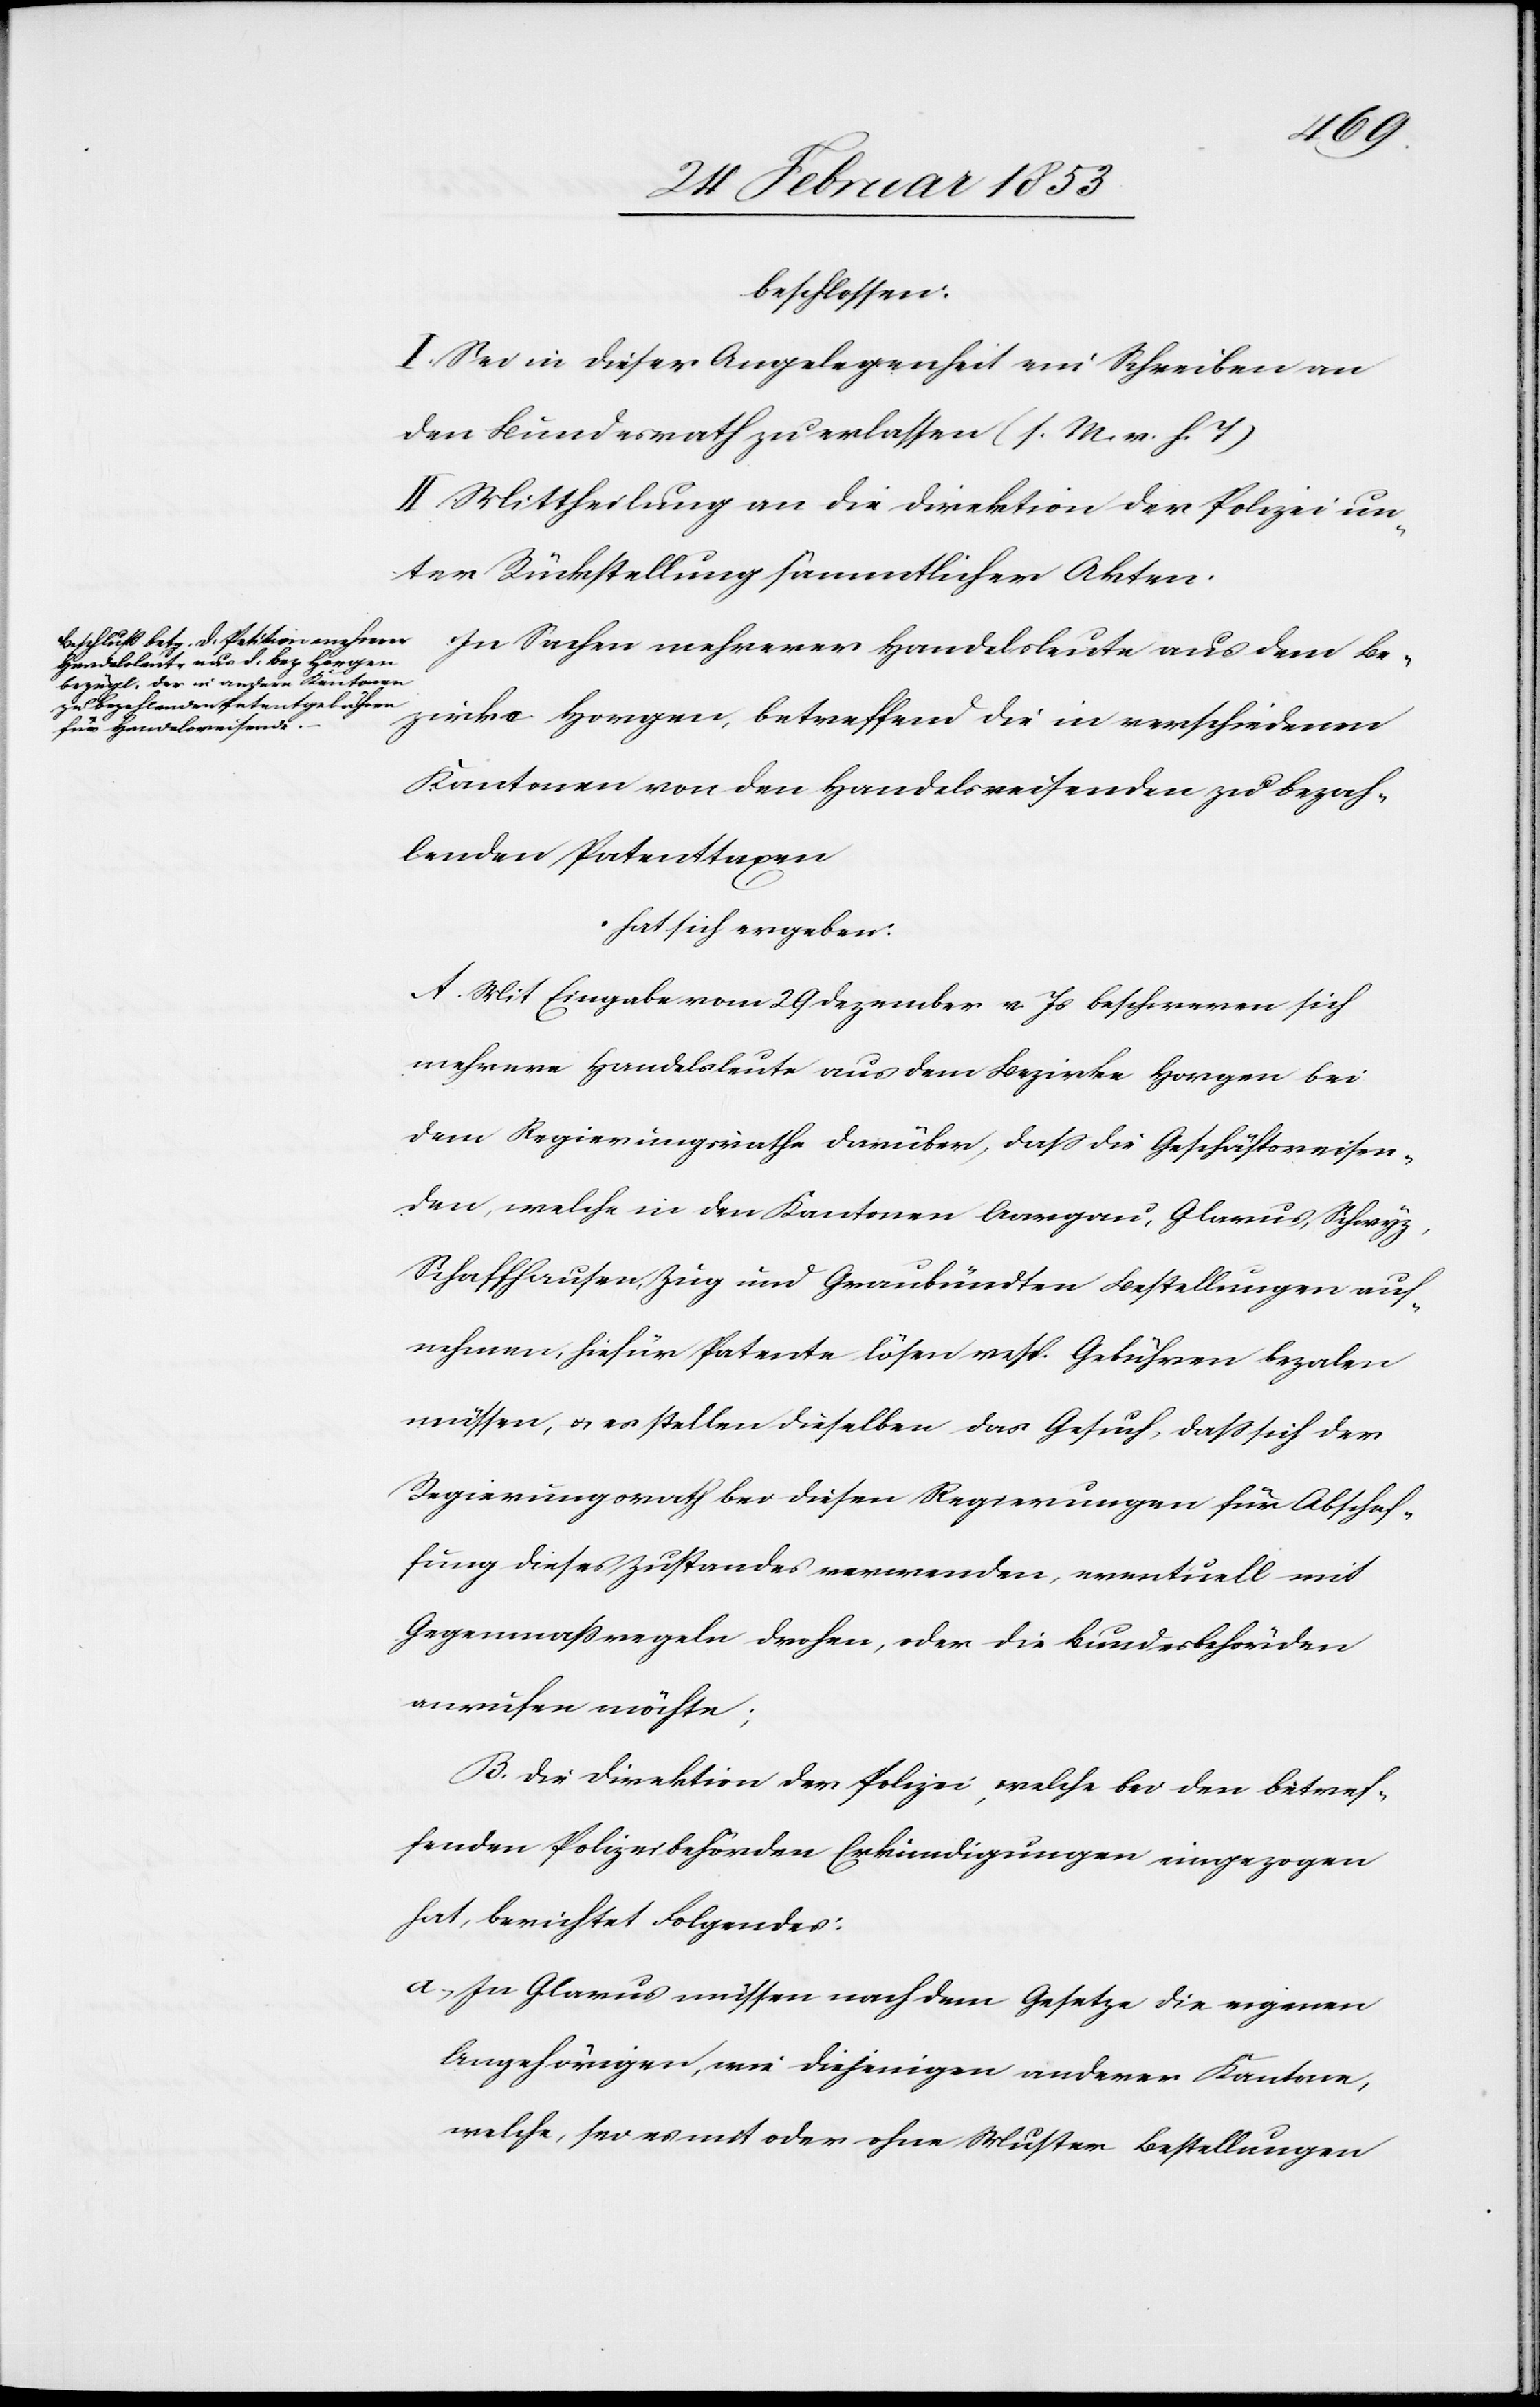
beschlossen:
I. Sei in dieser Angelegenheit ein Schreiben an
den Bundesrath zu erlassen [l. M. v. h. T]
II. Mittheilung an die Direktion der Polizei un¬
ter Rückstellung sämmtlicher Akten.
In Sachen mehrerer Handelsleute aus dem Be¬
zirke Horgen, betreffend die in verschiedenen
Kantonen von den Handelsreisenden zu bezah¬
lenden Patenttaxen.
hat sich ergeben:
Mit Eingabe vom 29 Dezember v. Js. beschweren sich
mehrere Handelsleute aus dem Bezirke Horgen bei
dem Regierungsrathe darüber, daß die Geschäftsreisen¬
den, welche in den Kantonen Aargau, Glarus, Schwyz,
Schaffhausen, Zug und Graubündten Bestellungen auf¬
nehmen, hiefür Patente lösen resp. Gebühren bezalen
müssen, u. es stellen dieselben das Gesuch, daß sich der
Regierungsrath bei diesen Regierungen für Abschaf¬
fung dieses Zustandes verwenden, eventuell mit
Gegenmaßregeln drohen, oder die Bundesbehörden
ausweisen möchte;
Die Direktion der Polizei, welche bei dem betref¬
fenden Polizeibehörden Erkundigungen eingezogen
hat, berichtet Folgendes:
a, In Glarus müssen nach dem Gesetze die eigenen
Angehörigen, wie diejenigen anderer Kantone,
welche, sei es mit oder ohne Muster Bestellungen